Report on vaccination in the Province of Bengal - 1874-1889
Year: 1874
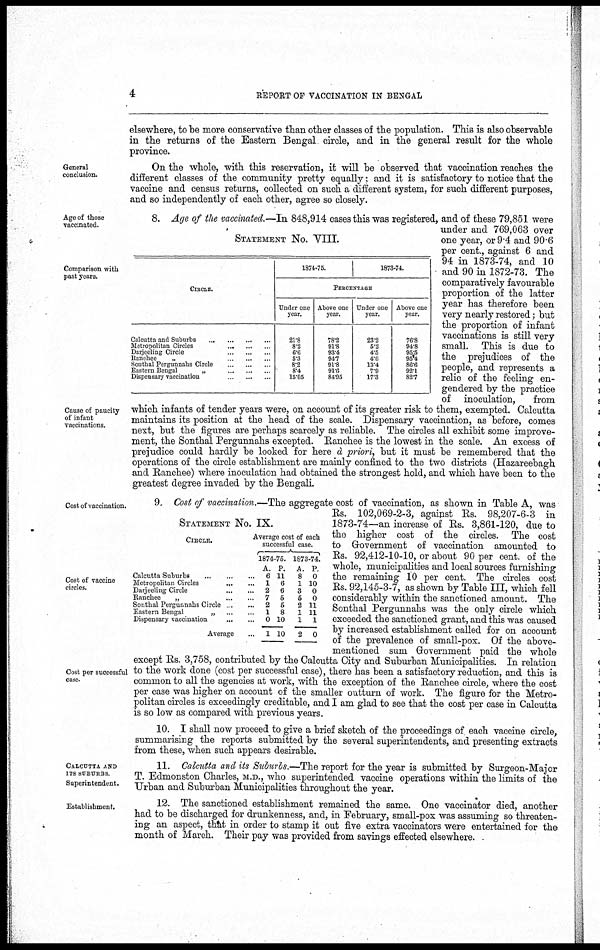
4
REPORT OF VACCINATION IN BENGAL
elsewhere, to be more conservative than other classes of the population. This is also observable
in the returns of the Eastern Bengal circle, and in the general result for the whole
province.
General
conclusion.
On the whole, with this reservation, it will be observed that vaccination reaches the
different classes of the community pretty equally: and it is satisfactory to notice that the
vaccine and census returns, collected on such a different system, for such different purposes,
and so independently of each other, agree so closely.
Age of those
vaccinated.
Comparison with
past years.
Cause of paucity
of infant
vaccinations.
STATEMENT No. VIII.
CIRCLE.
Calcutta and Suburbs
...
...
...
...
Metropolitan Circles
...
...
...
Darjeeling Circle
...
...
...
Ranchee
„
...
...
...
Sonthal Pergunnahs Circle
...
...
...
Eastern Bengal
„
...
...
...
Dispensary vaccination
...
...
...
1874-75.
1873-74.
PERCENTAGE
Under one
year.
21.8
8.2
6.6
5.3
8.2
8.4
15.05
Above one
year.
78.2
91.8
93.4
94.7
91.8
91.6
84.95
Under one
year.
23.2
5.2
4.5
4.6
13.4
7.9
17.3
Above one
year.
76.8
94.8
95.5
95.4
86.6
92.1
82.7
8. Age of the vaccinated.—In 848,914 cases this was registered, and of these 79,851 were
under and 769,063 over
one year, or 9.4 and 90.6
per cent., against 6 and
94 in 1873-74, and 10
and 90 in 1872-73. The
comparatively favourable
proportion of the latter
year has therefore been
very nearly restored; but
the proportion of infant
vaccinations is still very
small. This is due to
the prejudices of the
people, and represents a
relic of the feeling en-
gendered by the practice
of inoculation,
from
which infants of tender years were, on account of its greater risk to them, exempted. Calcutta
maintains its position at the head of the scale. Dispensary vaccination, as before, comes
next, but the figures are perhaps scarcely as reliable. The circles all exhibit some improve-
ment, the Sonthal Pergunnahs excepted. Ranchee is the lowest in the scale. An excess of
prejudice could hardly be looked for here d priori, but it must be remembered that the
operations of the circle establishment are mainly confined to the two districts (Hazareebagh
and Ranchee) where inoculation had obtained the strongest hold, and which have been to the
greatest degree invaded by the Bengali.
Cost of vaccination.
Cost of vaccine
circles.
Cost per successful
case.
STATEMENT No. IX.
CIRCLE
Calcutta Suburbs
...
...
...
Metropolitan Circles
...
...
Darjeeling Circle
...
...
Ranchee
„
...
...
Sonthal Pergunnahs
Circle...
...
Eastern Bengal
„
...
...
Dispensary vaccination
...
...
Average ...
Average cost of each
successful case.
1874-75.
A.
6
1
2
7
2
1
0
1
P.
11
6
6
5
6
8
10
10
1873-74.
A.
8
1
3
5
2
1
1
2
P.
0
10
0 0
11
11 1
0
9. Cost of vaccination.—The aggregate cost of vaccination, as shown in Table A, was
Rs. 102,069-2-3, against Rs. 98,207-6-3 in
1873-74—an increase of Rs. 3,861-120, due to
the higher cost of the circles. The cost
to Government of vaccination amounted to
Rs. 92,412-10-10, or about 90 per cent. of the
whole, municipalities and local sources furnishing
the remaining 10 per cent. The circles cost
Rs. 92,145-3-7, as shown by Table III, which fell
considerably within the sanctioned amount. The
Sonthal Pergunnahs was the only circle which
exceeded the sanctioned grant, and this was caused
by increased establishment called for on account
of the prevalence of small-pox. Of the above-
mentioned sum Government paid the whole
except Rs. 3,758, contributed by the Calcutta City and Suburban Municipalities. In relation
to the work done (cost per successful case), there has been a satisfactory reduction, and this is
common to all the agencies at work, with the exception of the Ranchee circle, where the cost
per case was higher on account of the smaller outturn of work. The figure for the Metro-
politan circles is exceedingly creditable, and I am glad to see that the cost per case in Calcutta
is so low as compared with previous years.
10. I shall now proceed to give a brief sketch of the proceedings of each vaccine circle,
summarising the reports submitted by the several superintendents, and presenting extracts
from these, when such appears desirable.
CALCUTTA AND
ITS SUBURBS
Superintendent.
11. Calcutta and its Suburbs.—The report for the year is submitted by Surgeon-Major
T. Edmonston Charles, M.D., who superintended vaccine operations within the limits of the
Urban and Suburban Municipalities throughout the year.
Establishment.
12. The sanctioned establishment remained the same. One vaccinator died, another
had to be discharged for drunkenness, and, in February, small-pox was assuming so threaten-
ing an aspect, that in order to stamp it out five extra vaccinators were entertained for the
month of March. Their pay was provided from savings effected elsewhere.